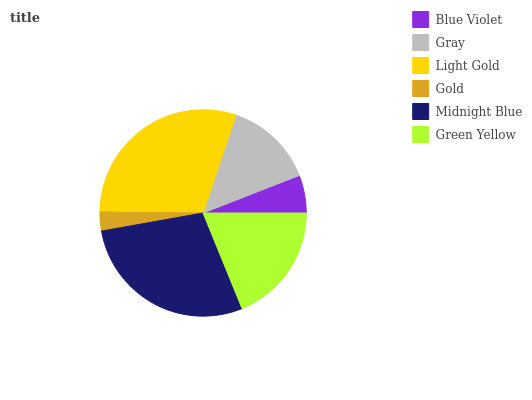
| Blue Violet | Gray | Light Gold | Gold | Midnight Blue | Green Yellow |
 | --- | --- | --- | --- | --- | --- |
 | 5.93% | 13.9% | 30% | 2.97% | 28.4% | 18.8% |